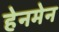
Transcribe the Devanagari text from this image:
हेनमेन